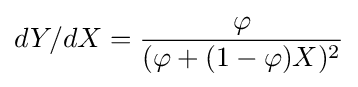
dY/dX={\frac {\varphi }{(\varphi +(1-\varphi )X)^{2}}}